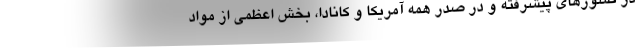
در کشورهای پیشرفته و در صدر همه آمریکا و کانادا، بخش اعظمی از مواد